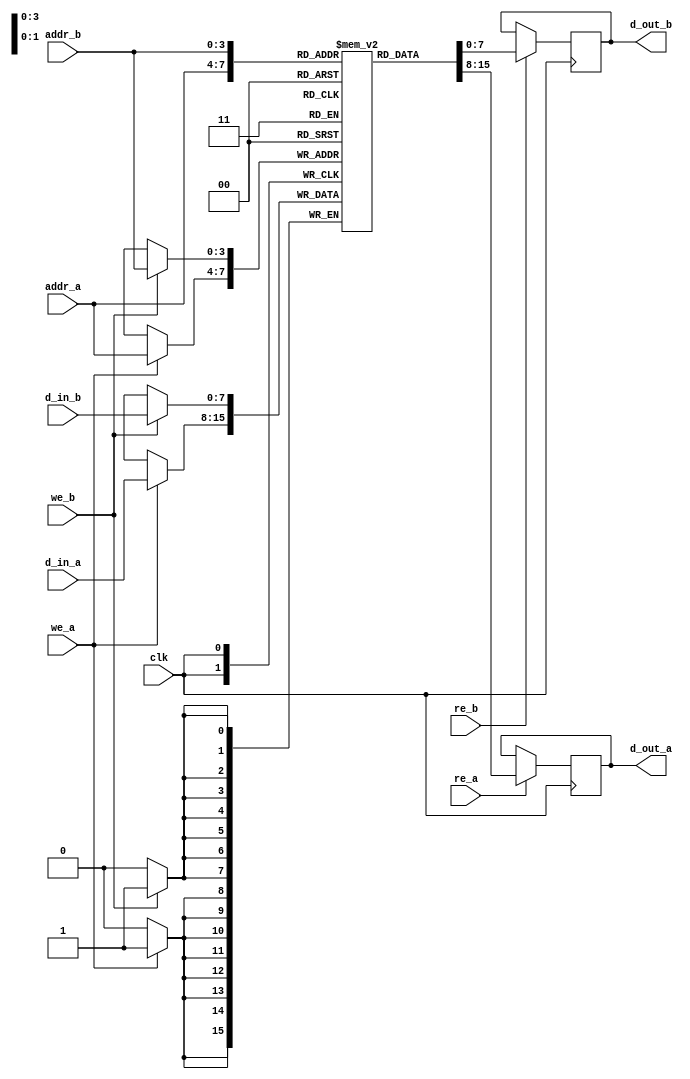
module dual_port_sram #(
    parameter DATA_WIDTH = 8,  // Width of each word (in bits)
    parameter ADDR_WIDTH = 4   // Number of address lines (2^ADDR_WIDTH words)
)(
    input wire clk,             // Clock signal
    input wire [ADDR_WIDTH-1:0] addr_a, // Address for Port A
    input wire [ADDR_WIDTH-1:0] addr_b, // Address for Port B
    input wire [DATA_WIDTH-1:0] d_in_a, // Data input for Port A
    input wire [DATA_WIDTH-1:0] d_in_b, // Data input for Port B
    input wire we_a,            // Write enable for Port A
    input wire we_b,            // Write enable for Port B
    input wire re_a,            // Read enable for Port A
    input wire re_b,            // Read enable for Port B
    output reg [DATA_WIDTH-1:0] d_out_a, // Data output for Port A
    output reg [DATA_WIDTH-1:0] d_out_b  // Data output for Port B
);

    // Memory array declaration
    reg [DATA_WIDTH-1:0] mem_array [(2**ADDR_WIDTH)-1:0];

    // Initialize memory (optional)
    integer i;
    initial begin
        for (i = 0; i < (2**ADDR_WIDTH); i = i + 1) begin
            mem_array[i] = 0; // Initialize memory to zero
        end
    end

    // Port A operations
    always @(posedge clk) begin
        if (we_a) begin
            mem_array[addr_a] <= d_in_a; // Write operation for Port A
        end
        if (re_a) begin
            d_out_a <= mem_array[addr_a]; // Read operation for Port A
        end
    end

    // Port B operations
    always @(posedge clk) begin
        if (we_b) begin
            mem_array[addr_b] <= d_in_b; // Write operation for Port B
        end
        if (re_b) begin
            d_out_b <= mem_array[addr_b]; // Read operation for Port B
        end
    end

endmodule